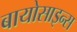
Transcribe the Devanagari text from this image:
बायोसाइन्स